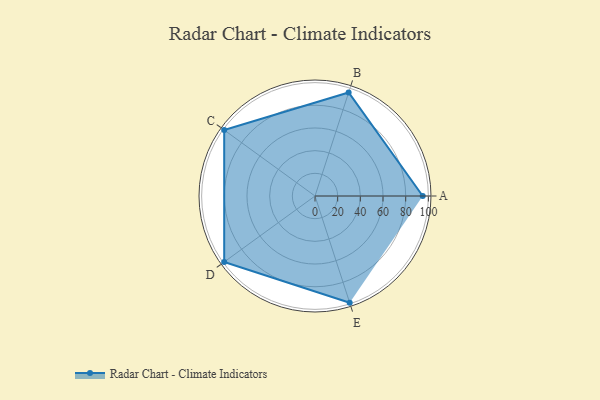
{"axis": {"x": "Skill", "y": "Score"}, "legend": ["Profile"], "data": [{"x": "A", "y": 95.0, "type": "Profile"}, {"x": "B", "y": 96.0, "type": "Profile"}, {"x": "C", "y": 99, "type": "Profile"}, {"x": "D", "y": 99, "type": "Profile"}, {"x": "E", "y": 99, "type": "Profile"}]}